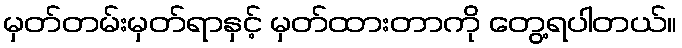
မှတ်တမ်းမှတ်ရာနှင့် မှတ်ထားတာကို တွေ့ရပါတယ်။